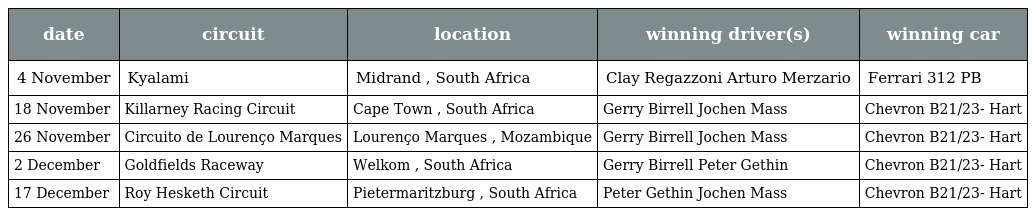
| date | circuit | location | winning driver(s) | winning car |
 | --- | --- | --- | --- | --- |
 | 4 November | Kyalami | Midrand , South Africa | Clay Regazzoni Arturo Merzario | Ferrari 312 PB |
 | 18 November | Killarney Racing Circuit | Cape Town , South Africa | Gerry Birrell Jochen Mass | Chevron B21/23- Hart |
 | 26 November | Circuito de Lourenço Marques | Lourenço Marques , Mozambique | Gerry Birrell Jochen Mass | Chevron B21/23- Hart |
 | 2 December | Goldfields Raceway | Welkom , South Africa | Gerry Birrell Peter Gethin | Chevron B21/23- Hart |
 | 17 December | Roy Hesketh Circuit | Pietermaritzburg , South Africa | Peter Gethin Jochen Mass | Chevron B21/23- Hart |